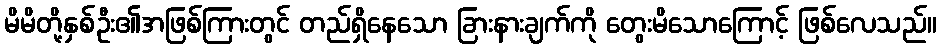
မိမိတို့နှစ်ဦး၏အဖြစ်ကြားတွင် တည်ရှိနေသော ခြားနားချက်ကို တွေးမိသောကြောင့် ဖြစ်လေသည်။